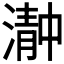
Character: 𬈴